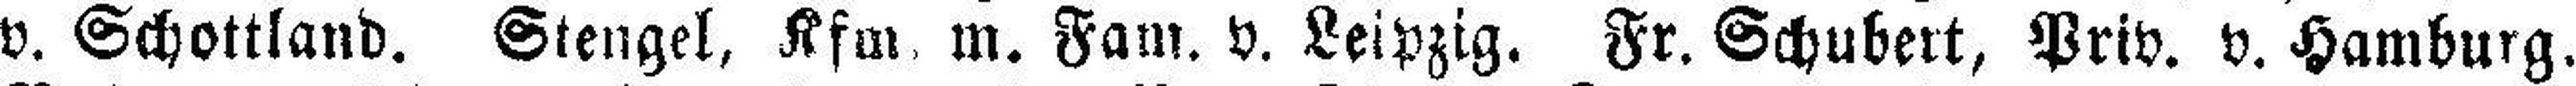
v. Schottland. Stengel, Kfm. m. Fam. v. Leipzig. Fr. Schubert, Priv. v. Hamburg.